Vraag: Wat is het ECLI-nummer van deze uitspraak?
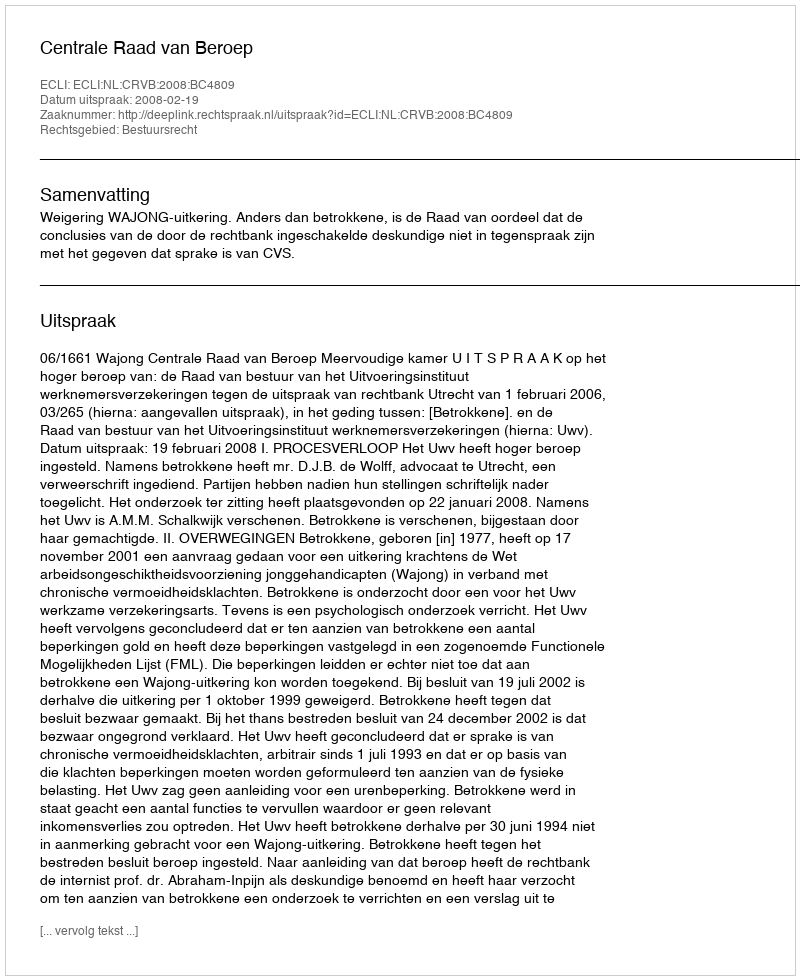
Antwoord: ECLI:NL:CRVB:2008:BC4809